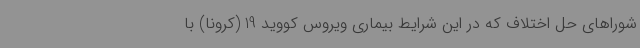
شوراهای حل اختلاف که در این شرایط بیماری ویروس کووید 19 (کرونا) با